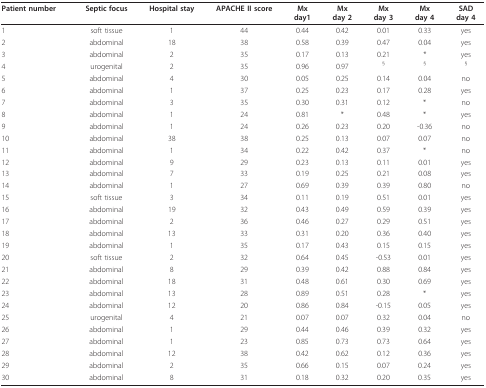
<table><thead><tr><td><b>Patient number</b></td><td><b>Septic focus</b></td><td><b>Hospital stay</b></td><td><b>APACHE II score</b></td><td><b>Mxday1</b></td><td><b>Mxday 2</b></td><td><b>Mxday 3</b></td><td><b>Mxday 4</b></td><td><b>SADday 4</b></td></tr></thead><tbody><tr><td>1</td><td>soft tissue</td><td>1</td><td>44</td><td>0.44</td><td>0.42</td><td>0.01</td><td>0.33</td><td>yes</td></tr><tr><td>2</td><td>abdominal</td><td>18</td><td>38</td><td>0.58</td><td>0.39</td><td>0.47</td><td>0.04</td><td>yes</td></tr><tr><td>3</td><td>abdominal</td><td>2</td><td>35</td><td>0.17</td><td>0.13</td><td>0.21</td><td>*</td><td>yes</td></tr><tr><td>4</td><td>urogenital</td><td>2</td><td>35</td><td>0.96</td><td>0.97</td><td><sup>§</sup></td><td><sup>§</sup></td><td><sup>§</sup></td></tr><tr><td>5</td><td>abdominal</td><td>4</td><td>30</td><td>0.05</td><td>0.25</td><td>0.14</td><td>0.04</td><td>no</td></tr><tr><td>6</td><td>abdominal</td><td>1</td><td>37</td><td>0.25</td><td>0.23</td><td>0.17</td><td>0.28</td><td>yes</td></tr><tr><td>7</td><td>abdominal</td><td>3</td><td>35</td><td>0.30</td><td>0.31</td><td>0.12</td><td>*</td><td>no</td></tr><tr><td>8</td><td>abdominal</td><td>1</td><td>24</td><td>0.81</td><td>*</td><td>0.48</td><td>*</td><td>yes</td></tr><tr><td>9</td><td>abdominal</td><td>1</td><td>24</td><td>0.26</td><td>0.23</td><td>0.20</td><td>-0.36</td><td>no</td></tr><tr><td>10</td><td>abdominal</td><td>38</td><td>38</td><td>0.25</td><td>0.13</td><td>0.07</td><td>0.07</td><td>no</td></tr><tr><td>11</td><td>abdominal</td><td>1</td><td>34</td><td>0.22</td><td>0.42</td><td>0.37</td><td>*</td><td>no</td></tr><tr><td>12</td><td>abdominal</td><td>9</td><td>29</td><td>0.23</td><td>0.13</td><td>0.11</td><td>0.01</td><td>yes</td></tr><tr><td>13</td><td>abdominal</td><td>7</td><td>33</td><td>0.19</td><td>0.25</td><td>0.21</td><td>0.08</td><td>yes</td></tr><tr><td>14</td><td>abdominal</td><td>1</td><td>27</td><td>0.69</td><td>0.39</td><td>0.39</td><td>0.80</td><td>no</td></tr><tr><td>15</td><td>soft tissue</td><td>3</td><td>34</td><td>0.11</td><td>0.19</td><td>0.51</td><td>0.01</td><td>yes</td></tr><tr><td>16</td><td>abdominal</td><td>19</td><td>32</td><td>0.43</td><td>0.49</td><td>0.59</td><td>0.39</td><td>yes</td></tr><tr><td>17</td><td>abdominal</td><td>2</td><td>36</td><td>0.46</td><td>0.27</td><td>0.29</td><td>0.51</td><td>yes</td></tr><tr><td>18</td><td>abdominal</td><td>13</td><td>33</td><td>0.31</td><td>0.20</td><td>0.36</td><td>0.40</td><td>yes</td></tr><tr><td>19</td><td>abdominal</td><td>1</td><td>35</td><td>0.17</td><td>0.43</td><td>0.15</td><td>0.15</td><td>yes</td></tr><tr><td>20</td><td>soft tissue</td><td>2</td><td>32</td><td>0.64</td><td>0.45</td><td>-0.53</td><td>0.01</td><td>yes</td></tr><tr><td>21</td><td>abdominal</td><td>8</td><td>29</td><td>0.39</td><td>0.42</td><td>0.88</td><td>0.84</td><td>yes</td></tr><tr><td>22</td><td>abdominal</td><td>18</td><td>31</td><td>0.48</td><td>0.61</td><td>0.30</td><td>0.69</td><td>yes</td></tr><tr><td>23</td><td>abdominal</td><td>13</td><td>28</td><td>0.89</td><td>0.51</td><td>0.28</td><td>*</td><td>yes</td></tr><tr><td>24</td><td>abdominal</td><td>12</td><td>20</td><td>0.86</td><td>0.84</td><td>-0.15</td><td>0.05</td><td>yes</td></tr><tr><td>25</td><td>urogenital</td><td>4</td><td>21</td><td>0.07</td><td>0.07</td><td>0.32</td><td>0.04</td><td>no</td></tr><tr><td>26</td><td>abdominal</td><td>1</td><td>29</td><td>0.44</td><td>0.46</td><td>0.39</td><td>0.32</td><td>yes</td></tr><tr><td>27</td><td>abdominal</td><td>1</td><td>23</td><td>0.85</td><td>0.73</td><td>0.73</td><td>0.64</td><td>yes</td></tr><tr><td>28</td><td>abdominal</td><td>12</td><td>38</td><td>0.42</td><td>0.62</td><td>0.12</td><td>0.36</td><td>yes</td></tr><tr><td>29</td><td>abdominal</td><td>2</td><td>35</td><td>0.66</td><td>0.15</td><td>0.07</td><td>0.24</td><td>yes</td></tr><tr><td>30</td><td>abdominal</td><td>8</td><td>31</td><td>0.18</td><td>0.32</td><td>0.20</td><td>0.35</td><td>yes</td></tr></tbody></table>